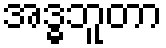
အဒ္ဓဘူတာ